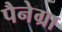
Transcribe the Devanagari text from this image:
पैनेग्रा